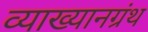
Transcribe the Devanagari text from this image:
व्याख्यानग्रंथ